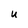
Character: U